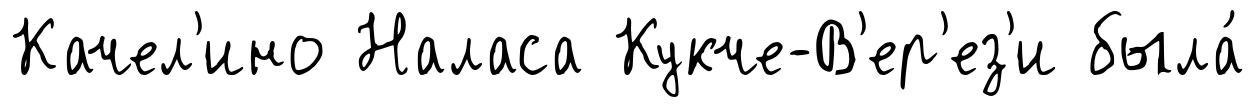
Качел'ино Наласа Кукче-В'ер'ез'и была́